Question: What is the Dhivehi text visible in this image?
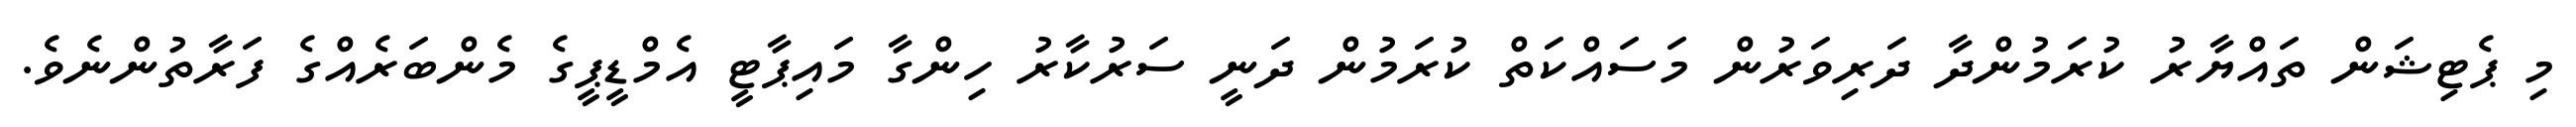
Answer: މި ޕެޓިޝަން ތައްޔާރު ކުރަމުންދާ ދަރިވަރުން މަސައްކަތް ކުރަމުން ދަނީ ސަރުކާރު ހިންގާ މައިޕާޓީ އެމްޑީޕީގެ މެންބަރެއްގެ ފަރާތުންނެވެ.